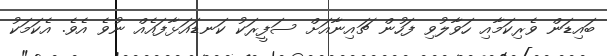
ބައިޑަން ވެރިކަމާއި ހަވާލުވި ފަހުން ޗައިނާއަށް ސަފީރަކު ކަނޑައަޅާފައެއް ނުވެ އެވެ. އެކަމަކު